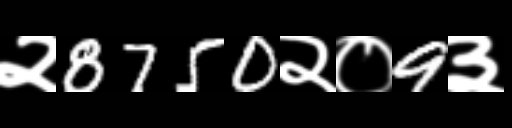
Text: २8750२०9३